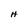
Character: H